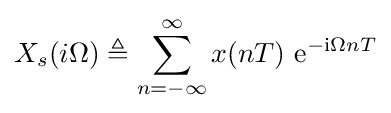
X_{s}(i\Omega )\triangleq \sum _{n=-\infty }^{\infty }x(nT)\ \mathrm {e} ^{-\mathrm {i} \Omega nT}